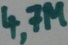
Text: 4,7M